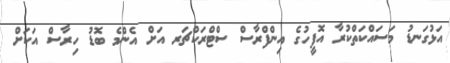
އަޅުގަނޑު މަސައްކަތްކުރާ އޮފީހުގެ އިންފްރާސް ސްޓްރަކްޗަރ އަށް އެންމެ ބޮޑު ހިރާސް އަކަށް